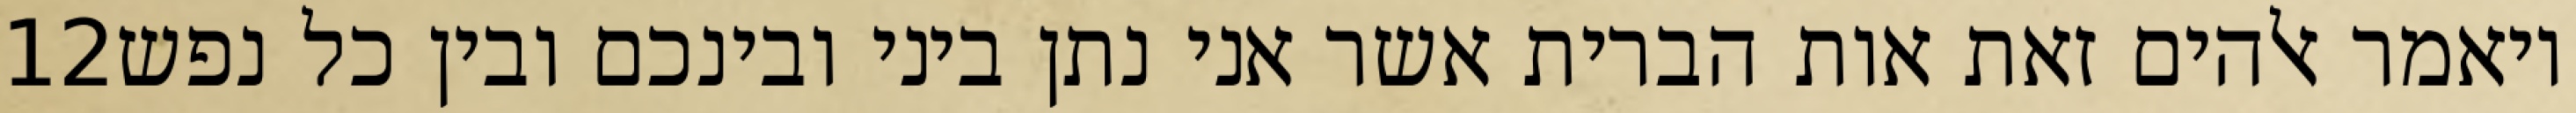
‎12‏ ויאמר אלהים זאת אות הברית אשר אני נתן ביני ובינכם ובין כל נפש